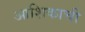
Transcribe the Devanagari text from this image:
आशिकाची